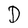
Character: D